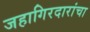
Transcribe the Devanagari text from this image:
जहागिरदारांचा